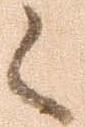
候